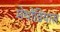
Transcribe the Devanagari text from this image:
मेथोडियास